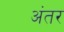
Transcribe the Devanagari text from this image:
अंंतर